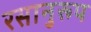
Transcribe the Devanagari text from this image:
रसानुरूप